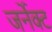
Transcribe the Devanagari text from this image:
जर्नेक्ट